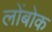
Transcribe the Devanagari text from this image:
लोंबोक